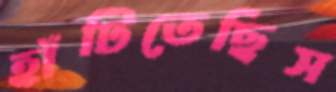
হাঁটিতেছিস